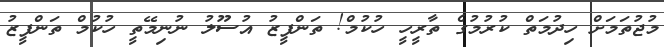
މުޖުތަމަށް ހިދުމަތް ކުރުމުގެ ތާރީހީ ހުކުމް! ތަންފީޒު އުސޫލު ނުނިމޭތީ ހުކުމް ތަންފީޒު